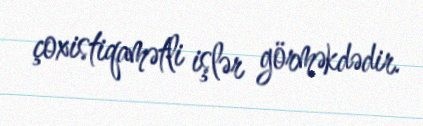
çoxistiqamətli işlər görməkdədir.